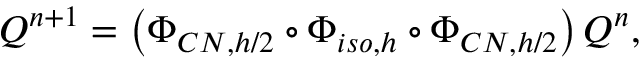
Q ^ { n + 1 } = \left( \Phi _ { C N , h / 2 } \circ \Phi _ { i s o , h } \circ \Phi _ { C N , h / 2 } \right) Q ^ { n } ,